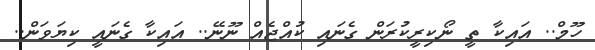
ހޫމް.. އައިކާ ތީ ނޯކިރީކުރަން ގެނައި ކުއްޖެއް ނޫނޭ.. އައިކާ ގެނައީ ކިޔަވަން..